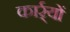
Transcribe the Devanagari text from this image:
कार्र्यों